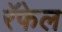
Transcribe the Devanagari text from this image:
रॅफेल